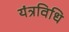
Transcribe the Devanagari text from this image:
यंत्रविधि